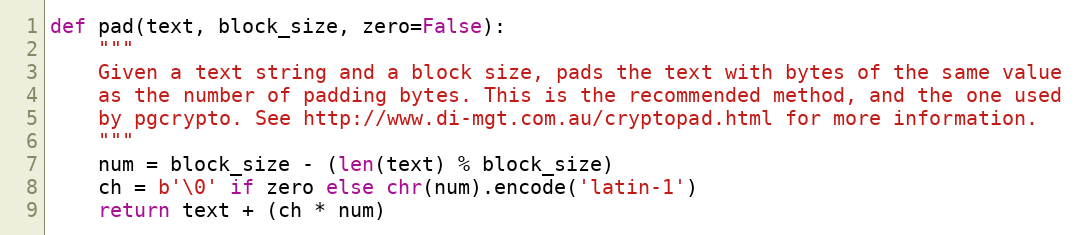
Language: Python
def pad(text, block_size, zero=False):
    """
    Given a text string and a block size, pads the text with bytes of the same value
    as the number of padding bytes. This is the recommended method, and the one used
    by pgcrypto. See http://www.di-mgt.com.au/cryptopad.html for more information.
    """
    num = block_size - (len(text) % block_size)
    ch = b'\0' if zero else chr(num).encode('latin-1')
    return text + (ch * num)